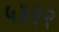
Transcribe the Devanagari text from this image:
५३२२